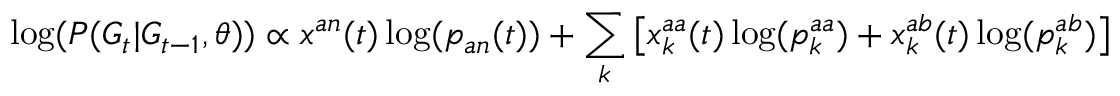
\log ( P ( G _ { t } | G _ { t - 1 } , \theta ) ) \propto x ^ { a n } ( t ) \log ( p _ { a n } ( t ) ) + \sum _ { k } \left[ x _ { k } ^ { a a } ( t ) \log ( p _ { k } ^ { a a } ) + x _ { k } ^ { a b } ( t ) \log ( p _ { k } ^ { a b } ) \right]